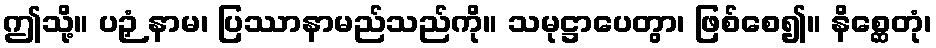
ဤသို့။ ပဉှံ နာမ၊ ပြဿာနာမည်သည်ကို။ သမုဋ္ဌာပေတွာ၊ ဖြစ်စေ၍။ နိစ္ဆေတုံ၊